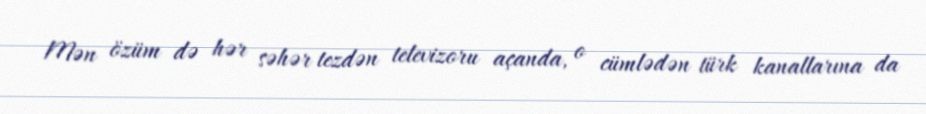
Mən özüm də hər səhər tezdən televizoru açanda, o cümlədən türk kanallarına da